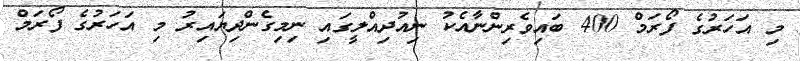
މި އަހަރުގެ ފޯރަމް 400 ބައިވެރިންނާއެކު ނިއުދިއްލީގައި ނިމިގެންދިޔައިރު މި އަހަރުގެ ފޯރަމް